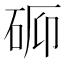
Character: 𬒉